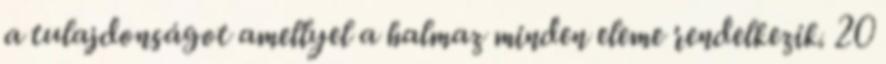
a tulajdonságot amellyel a halmaz minden eleme rendelkezik. 20